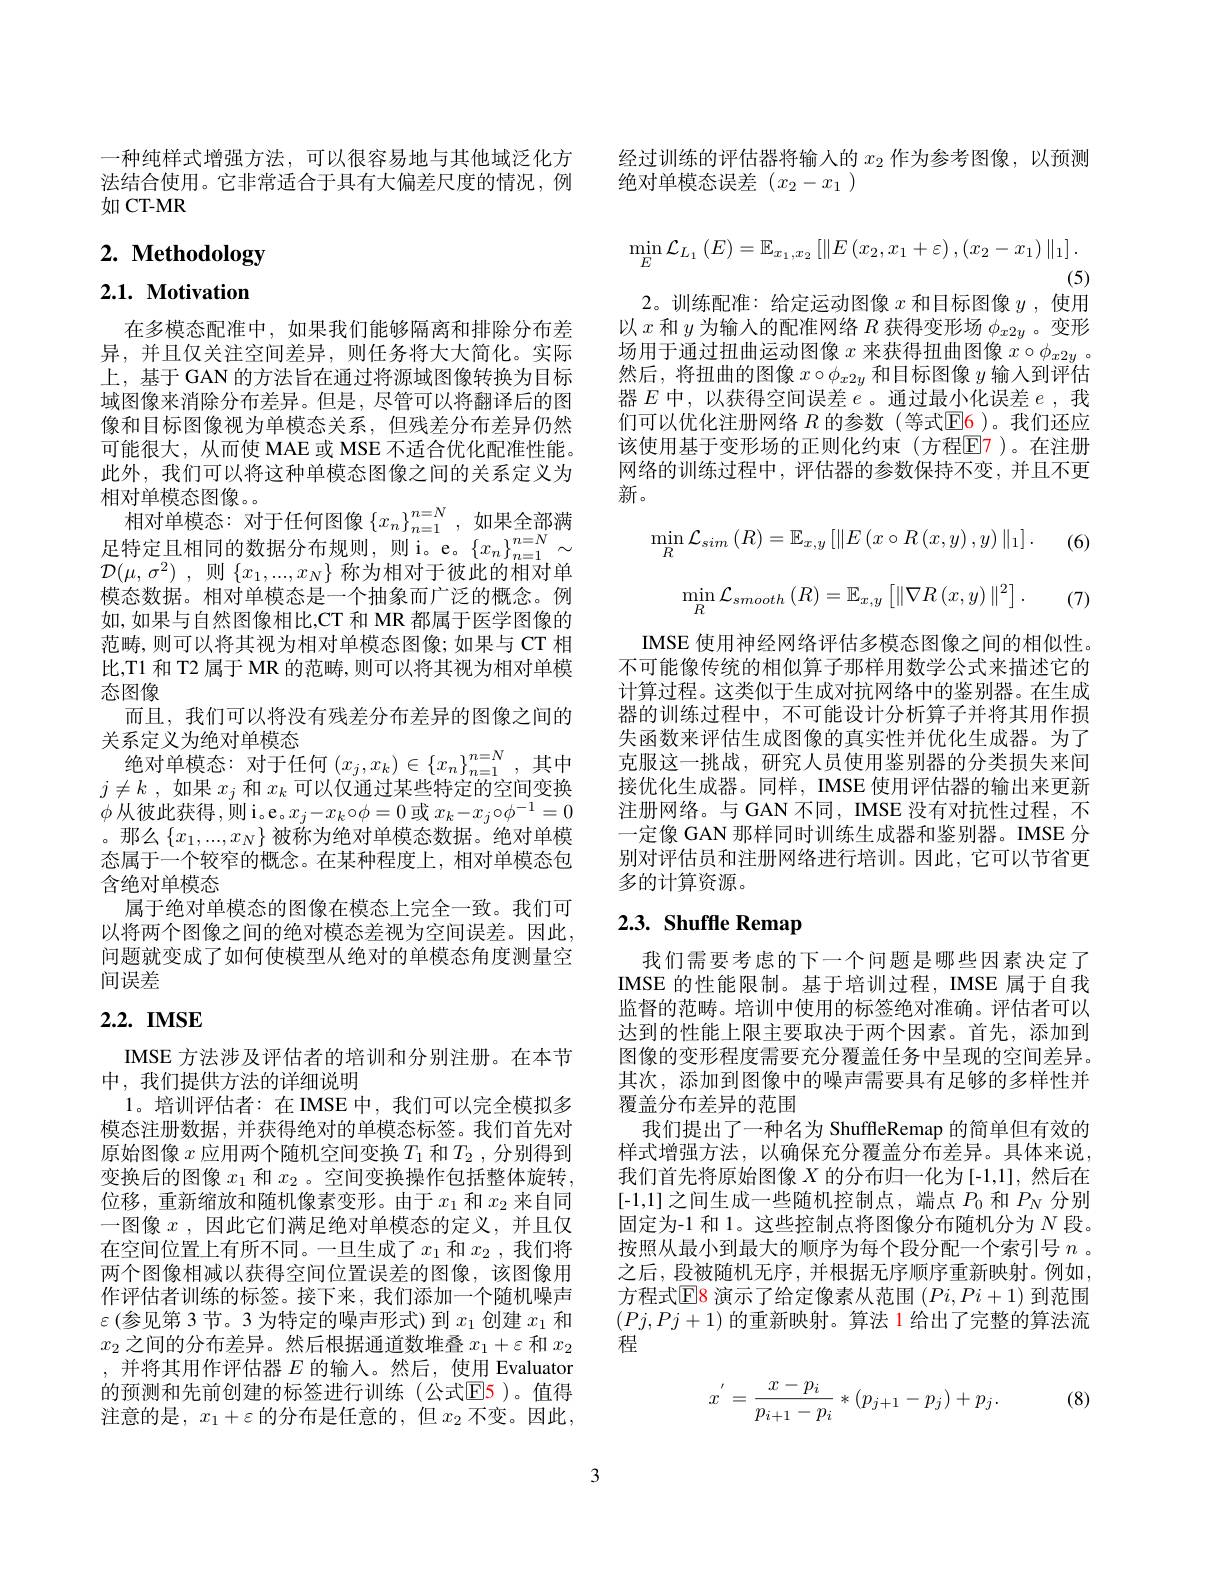
如 CT-MR

# 2. Methodology

2.1. Motivation

在多模态配准中，如果我们能够隔离和排除分布差异，并且仅关注空间差异，则任务将大大简化。实际上，基于 GAN 的方法旨在通过将源域图像转换为目标域图像来消除分布差异。但是，尽管可以将翻译后的图像和目标图像视为单模态关系，但残差分布差异仍然可能很大，从而使 MAE 或 MSE 不适合优化配准性能。此外，我们可以将这种单模态图像之间的关系定义为相对单模态图像。。
相对单模态：对于任何图像$\left\{x_n\right\}_{n=1}^{n=N}$,如果全部满足特定且相同的数据分布规则，则i。e。$\left\{x_{n}\right\}_{n=1}^{n=N}\sim$ $\mathcal{D} ( \mu , \sigma ^2)$ , 则$\{x_1,...,x_N\}$ 称为相对于彼此的相对单模态数据。相对单模态是一个抽象而广泛的概念。例如，如果与自然图像相比，CT 和 MR 都属于医学图像的范畴，则可以将其视为相对单模态图像；如果与 CT 相比，T1 和 T2 属于 MR 的范畴，则可以将其视为相对单模态图像
而且，我们可以将没有残差分布差异的图像之间的
关系定义为绝对单模态
绝对单模态：对于任何$(x_j,x_k)\in\{x_n\}_{n=1}^{n=N}$,其中$j\neq k$ ,如果$x_j$和$x_k$可以仅通过某些特定的空间变换$\phi$从彼此获得，则i。e。$x_j-x_k\circ\phi=0$ 或 $x_k-x_j\circ\phi^{-1}=0$ 。那么$\left\{x_1,...,x_N\right\}$被称为绝对单模态数据。绝对单模态属于一个较窄的概念。在某种程度上，相对单模态包含绝对单模态
属于绝对单模态的图像在模态上完全一致。我们可以将两个图像之间的绝对模态差视为空间误差。因此， 问题就变成了如何使模型从绝对的单模态角度测量空间误差
2.2. IMSE

IMSE 方法涉及评估者的培训和分别注册。在本节
中，我们提供方法的详细说明
1。培训评估者：在 IMSE 中，我们可以完全模拟多模态注册数据，并获得绝对的单模态标签。我们首先对原始图像$x$应用两个随机空间变换$T_1$和$T_2$ ,分别得到变换后的图像$x_1$和$x_2$ 。空间变换操作包括整体旋转位移，重新缩放和随机像素变形。由于$x_1$和$x_2$来自同一图像$x$ ,因此它们满足绝对单模态的定义，并且仅在空间位置上有所不同。一旦生成了$x_1$和$x_2$,我们将两个图像相减以获得空间位置误差的图像，该图像用作评估者训练的标签。接下来，我们添加一个随机噪声$\varepsilon($参见第 3节。3 为特定的噪声形式) 到$x_1$创建$x_1$和$x_2$之间的分布差异。然后根据通道数堆叠$x_1+\varepsilon$和$x_2$ ,并将其用作评估器$E$的输入。然后，使用 Evaluator 的预测和先前创建的标签进行训练(公式$\color{red}{\mathrm{E}}\color{blue}{\mathrm{E}}\color{red}{\mathrm{5}}$)。值得注意的是，$x_1+\varepsilon$的分布是任意的，但$x_2$不变。因此，

一种纯样式增强方法，可以很容易地与其他域泛化方 经过训练的评估器将输入的$x_{2}$作为参考图像，以预测
法结合使用。它非常适合于具有大偏差尺度的情况，例 绝对单模态误差$(x_2-x_1)$
$$\min_{E}\mathcal{L}_{L_{1}}\left(E\right)=\mathbb{E}_{x_{1},x_{2}}\left[\left\|E\left(x_{2},x_{1}+\varepsilon\right),\left(x_{2}-x_{1}\right)\right\|_{1}\right].$$
(5)
2。训练配准：给定运动图像$x$和目标图像$y$ ,使用

以$x$和$y$为输人的配准网络$R$获得变形场$\phi_x2y$ 。变形场用于通过扭曲运动图像$x$来获得扭曲图像$x\circ\phi_x2y$ 。然后，将扭曲的图像$x\circ\phi_x2y$和目标图像$y$输入到评估器$E$中，以获得空间误差$e$ 。通过最小化误差$e$ ,我们可以优化注册网络 $R$ 的参数 (等式$\underline{\mathrm{E}}\underline{\mathrm{6}}$ )。我们还应该使用基于变形场的正则化约束(方程$\mathbb{E}$7)。在注册网络的训练过程中，评估器的参数保持不变，并且不更新。
$$\min\limits_{R}\mathcal{L}_{sim}\left(R\right)=\mathbb{E}_{x,y}\left[\left\|E\left(x\circ R\left(x,y\right),y\right)\right\|_{1}\right].$$
(6)
$$\min\limits_{R}\mathcal{L}_{smooth}\left(R\right)=\mathbb{E}_{x,y}\left[\|\nabla R\left(x,y\right)\|^{2}\right].$$
(7)

IMSE 使用神经网络评估多模态图像之间的相似性。不可能像传统的相似算子那样用数学公式来描述它的计算过程。这类似于生成对抗网络中的鉴别器。在生成器的训练过程中，不可能设计分析算子并将其用作损失函数来评估生成图像的真实性并优化生成器。为了克服这一挑战，研究人员使用鉴别器的分类损失来间接优化生成器。同样，IMSE 使用评估器的输出来更新注册网络。与 GAN 不同，IMSE 没有对抗性过程，不一定像 GAN 那样同时训练生成器和鉴别器。IMSE 分别对评估员和注册网络进行培训。因此，它可以节省更多的计算资源。

# 2.3. Shuffle Remap

我们需要考虑的下一个问题是哪些因素决定了IMSE 的性能限制。基于培训过程，IMSE 属于自我监督的范畴。培训中使用的标签绝对准确。评估者可以达到的性能上限主要取决于两个因素。首先，添加到图像的变形程度需要充分覆盖任务中呈现的空间差异。其次，添加到图像中的噪声需要具有足够的多样性并覆盖分布差异的范围
我们提出了一种名为 ShuffleRemap 的简单但有效的样式增强方法，以确保充分覆盖分布差异。具体来说， 我们首先将原始图像$X$的分布归一化为[-1,1],然后在[-1,1]之间生成一些随机控制点，端点$P_0$和$P_N$分别固定为-1 和 1。这些控制点将图像分布随机分为$N$段。按照从最小到最大的顺序为每个段分配一个索引号$n$ 。之后，段被随机无序，并根据无序顺序重新映射。例如， 方程式$\operatorname{E}$8 演示了给定像素从范围 $(Pi,Pi+1)$ 到范围$(Pj,Pj+1)$的重新映射。算法 1 给出了完整的算法流程

(8)
$$x^{'}=\frac{x-p_i}{p_{i+1}-p_i}*(p_{j+1}-p_j)+p_j.$$
3